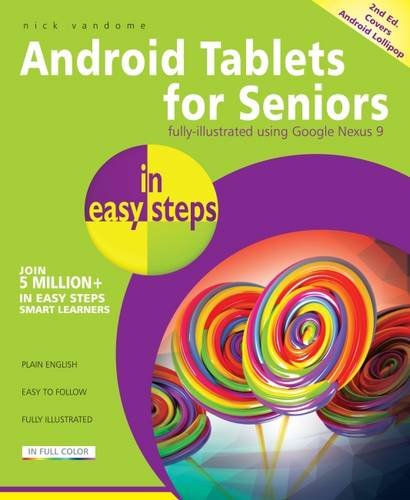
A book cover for Android Tablets for Seniors in Easy Steps: Covers Android 5.0 Lollipop; Nick Vandome; Computers & Technology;